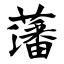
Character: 藩